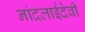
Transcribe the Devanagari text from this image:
नांदलाईदेवी